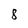
Character: 8